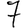
Digit: 7